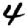
Digit: 4